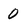
Character: 0